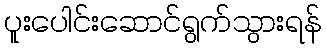
ပူးပေါင်းဆောင်ရွက်သွားရန်